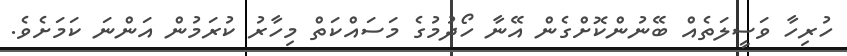
ހުރިހާ ވަސީލަތެއް ބޭނުންކޮށްގެން އޭނާ ހޯދުމުގެ މަސައްކަތް މިހާރު ކުރަމުން އަންނަ ކަމަށެވެ.